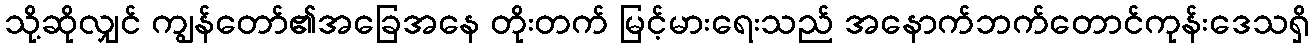
သို့ဆိုလျှင် ကျွန်တော်၏အခြေအနေ တိုးတက် မြင့်မားရေးသည် အနောက်ဘက်တောင်ကုန်းဒေသရှိ